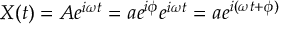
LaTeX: X ( t ) = A e ^ { i \omega t } = a e ^ { i \phi } e ^ { i \omega t } = a e ^ { i ( \omega t + \phi ) }